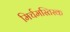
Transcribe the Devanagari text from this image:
मिर्चमस्तिस्क